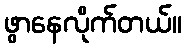
ဖွာနေလိုက်တယ်။